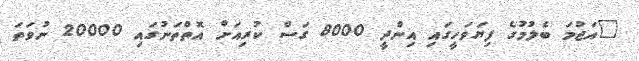
"އަޖުމަ ބެލުމުގެ ފިޔަވަހީގައި އިންދީ 8000 ގަސް ކުރިއަށް އޮތްތަނުގައި 20000 ނުވަތަ